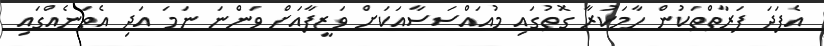
އެފަދަ ފަރާތްތަކުން ހާމަކުރާ ގޮތުގައި މުއައްސަސާއަކަށް ވަޒީފާއަށް ވަންނަ ނަމަ އަދި އެތަނެއްގައި